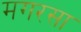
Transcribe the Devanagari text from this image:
मगरसा